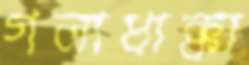
গলাধাক্কা